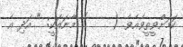
ކަމަށްވީތީވެއެވެ. (    ) މާނައަކީ: " އަދި އެ